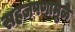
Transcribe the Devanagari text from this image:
सहजपणामुळे